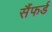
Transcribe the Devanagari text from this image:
सैंफर्ड